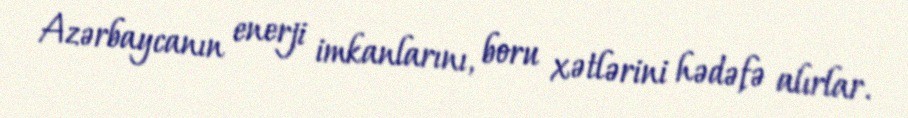
Azərbaycanın enerji imkanlarını, boru xətlərini hədəfə alırlar.